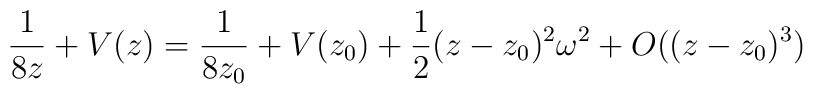
\frac{1}{8z} + V(z) = \frac{1}{8z_0} + V(z_0) + \frac12(z-z_0)^2\omega^2 + O((z-z_0)^3)